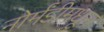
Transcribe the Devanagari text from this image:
नोर्मंडीमधून